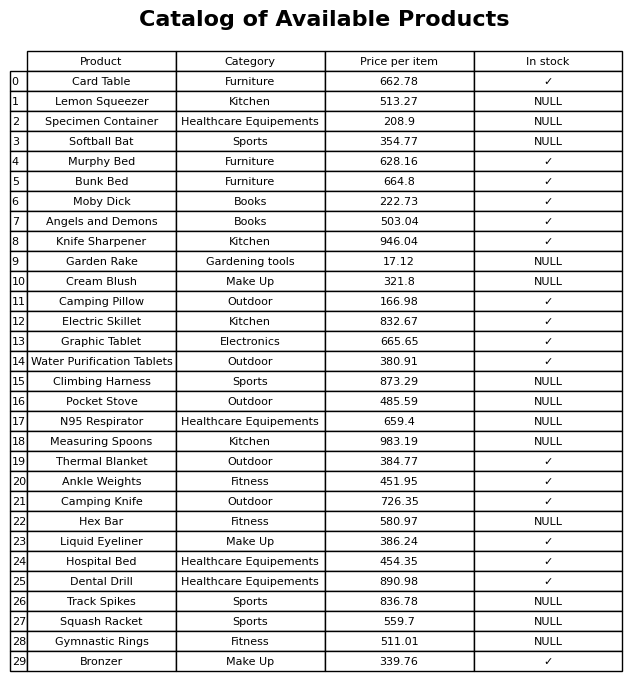
question: Is the Ankle Weights in stock?
answer: ✓